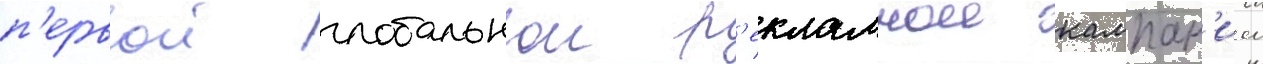
п'ервои глобальнои р'екламнои кампан'иеи